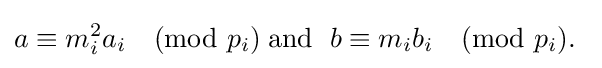
a\equiv m_{i}^{2}a_{i}{\pmod {p_{i}}}\;{\text{and  }}\;b\equiv m_{i}b_{i}{\pmod {p_{i}}}{\text{. }}